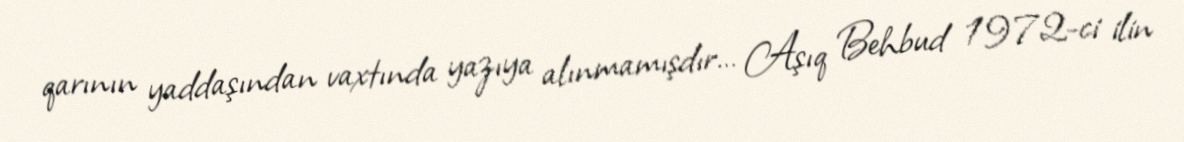
qarının yaddaşından vaxtında yazıya alınmamışdır… Aşıq Behbud 1972-ci ilin